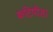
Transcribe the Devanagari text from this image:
कटिपीड़ा